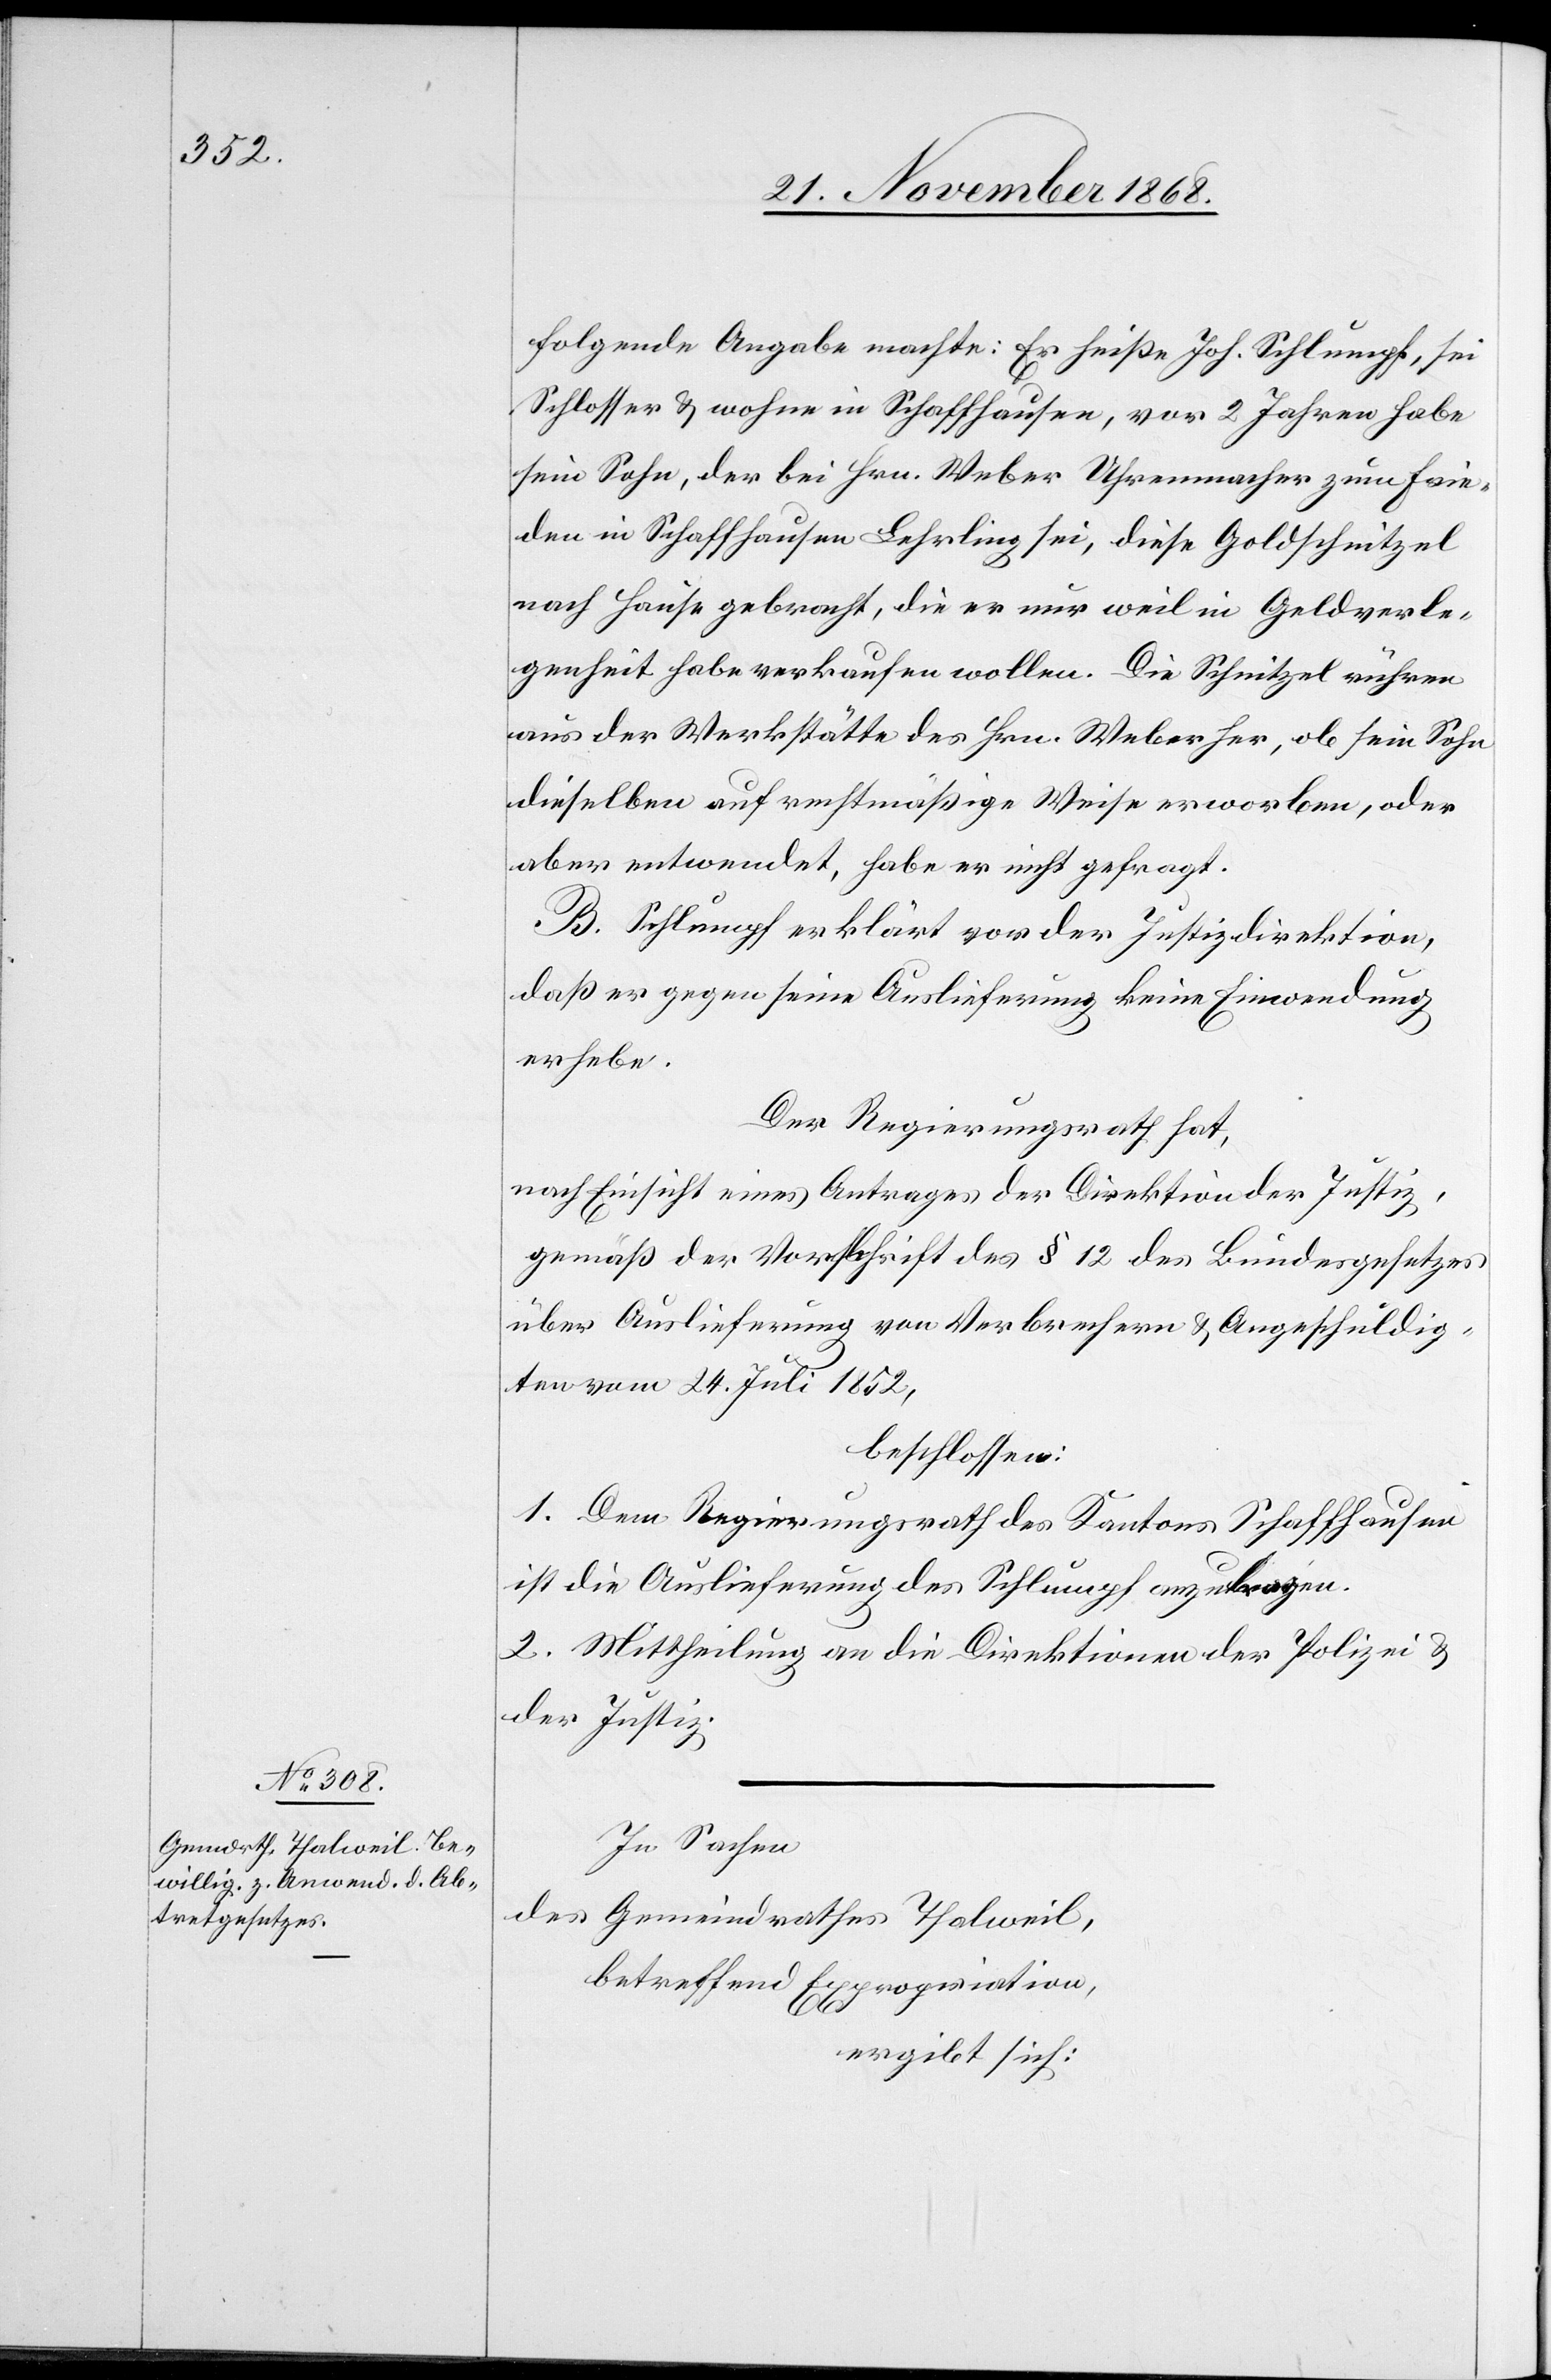
folgende Angabe machte: Er heiße Joh. Schlumpf, sei
Schlosser & wohne in Schaffhausen, vor 2 Jahren habe
sein Sohn, der bei Hrn. Weber Uhrenmacher zum Frie¬
den in Schaffhausen Lehrling sei, diese Goldschnitzel
nach Hause gebracht, die er nur weil in Geldverle¬
genheit habe verkaufen wollen. Die Schnitzel rühren
aus der Werkstätte des Hrn. Weber her, ob sein Sohn
dieselben auf rechtmäßige Weise erworben, oder
aber entwendet, habe er nicht gefragt.
B. Schlumpf erklärt vor der Justizdirektion,
daß er gegen seine Auslieferung keine Einwendung
erhebe.
Der Regierungsrath hat,
nach Einsicht eines Antrages der Direktion der Justiz,
gemäß der Vorschrift des § 12 des Bundesgesetzes
über Auslieferung von Verbrechern & Angeschuldig¬
ten vom 24. Juli 1852,
beschlossen:
1. Dem Regierungsrath des Kantons Schaffhausen
ist die Auslieferung des Schlumpf anzutragen.
2. Mittheilung an die Direktionen der Polizei &
der Justiz.
In Sachen
des Gemeindrathes Thalweil,
betreffend Expropriation,
ergibt sich: